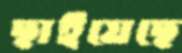
ছাইয়েছে